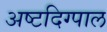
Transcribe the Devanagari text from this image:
अष्टदिग्पाल